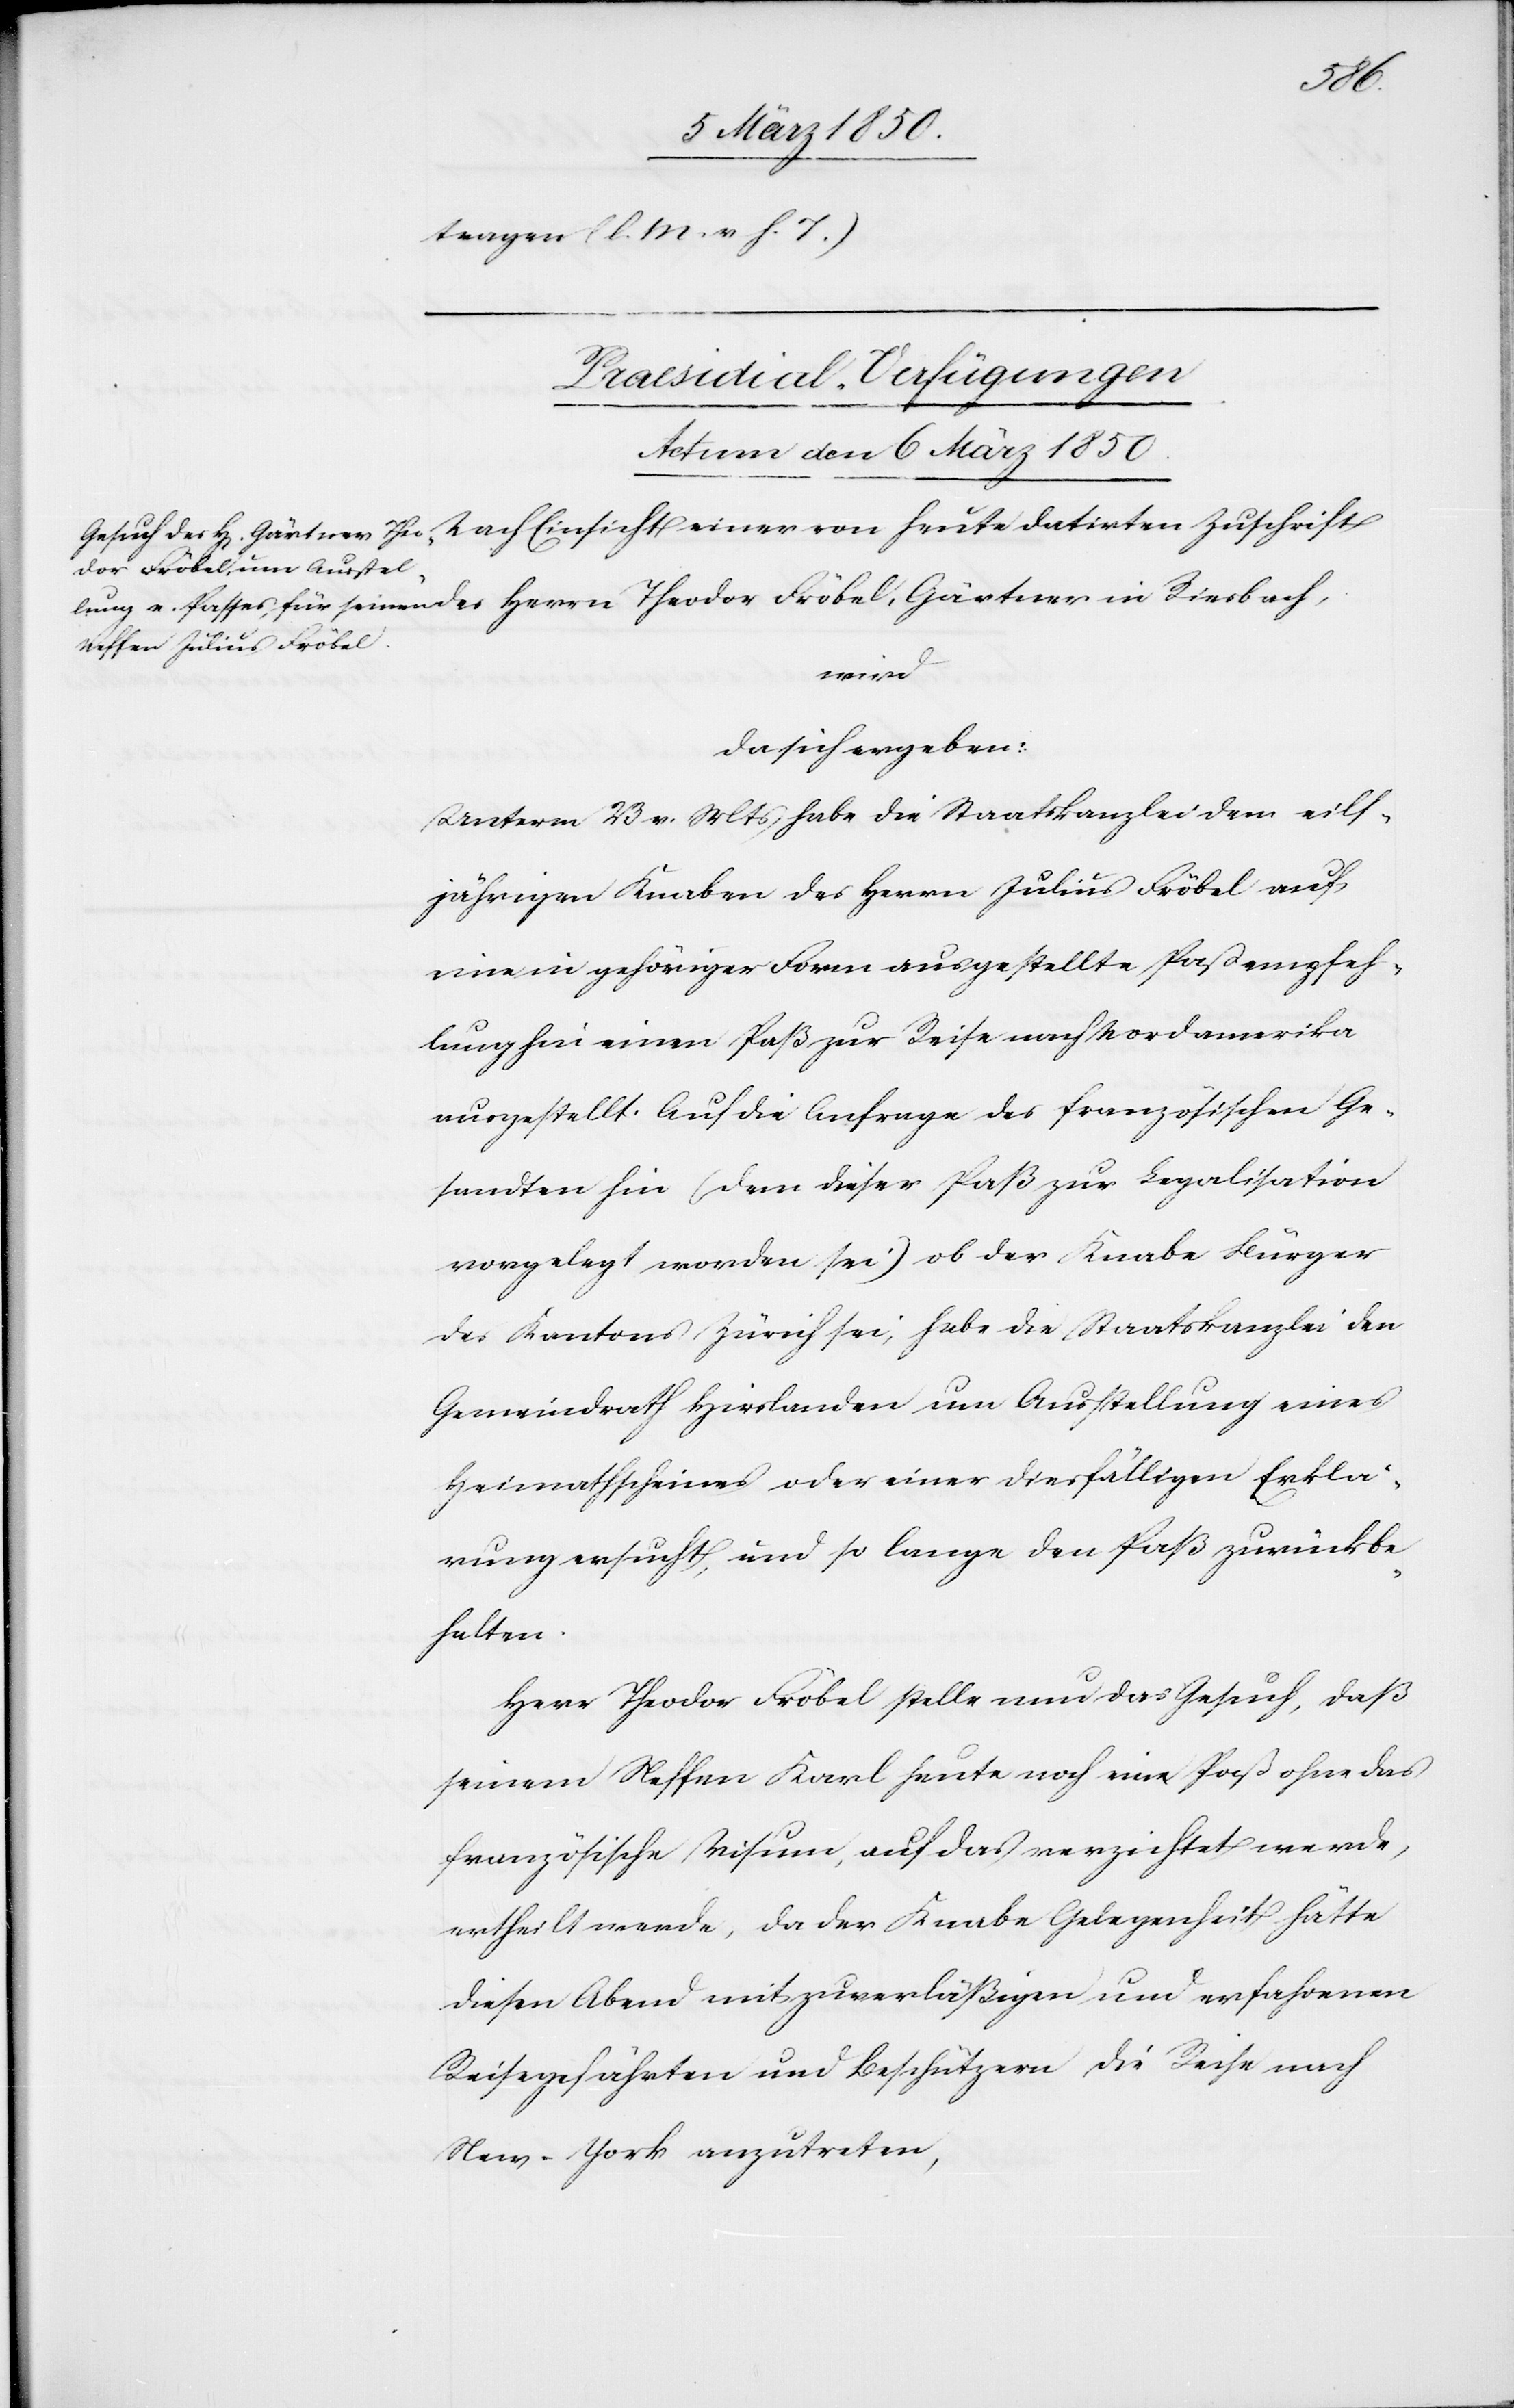
tragen (l. M. v. h. T.)
Præsidial-Verfügungen
Actum den 6 März 1850.
da sich ergeben:
Unterm 23 v. Mts habe die Staatskanzlei dem eilf¬
jährigen Knaben des Herrn Julius Fröbel auf
eine in gehöriger Form ausgestellte Paßempfeh¬
lung hin einen Paß zur Reise nach Nordamerika
ausgestellt. Auf die Anfrage des französischen Ge¬
sandten hin (dem dieser Paß zur Legalisation
vorgelegt worden sei) ob der Knabe Bürger
des Kantons Zürich sei, habe die Staatskanzlei den
Gemeindrath Hirslanden um Ausstellung eines
Heimathscheines oder einer diesfälligen Erklä¬
rung ersucht, und so lange den Paß zurückbe¬
halten.
Herr Theodor Fröbel stelle nun das Gesuch, daß
seinem Neffen Karl heute noch ein Paß ohne das
französische Visum, auf das verzichtet werde,
ertheilt werde, da der Knabe Gelegenheit hätte
diesen Abend mit zuverläßigen und erfahrenen
Reisegefährten und Beschützern die Reise nach
New-York anzutreten,